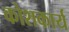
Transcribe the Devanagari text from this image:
कोशकार्य